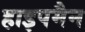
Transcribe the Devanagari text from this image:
हाइपमैन